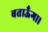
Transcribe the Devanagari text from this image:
बताऊँगा।